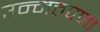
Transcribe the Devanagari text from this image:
उन्मत्तपणा